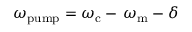
\omega _ { \mathrm { p u m p } } = \omega _ { \mathrm { c } } - \, \omega _ { \mathrm { m } } - \delta